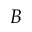
B